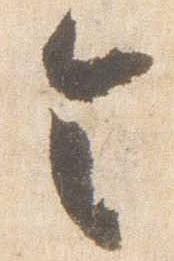
令